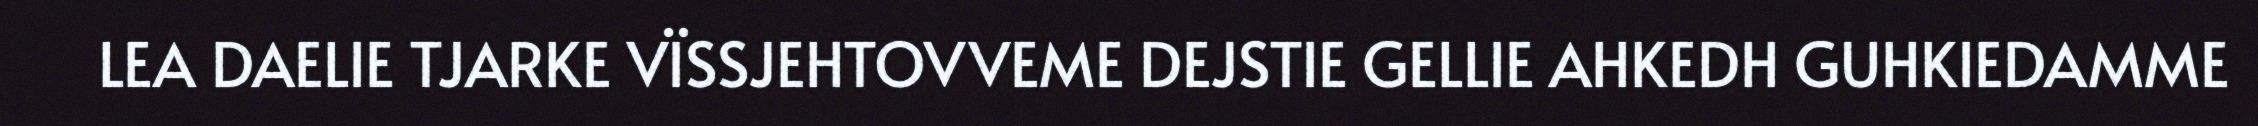
LEA DAELIE TJARKE VÏSSJEHTOVVEME DEJSTIE GELLIE AHKEDH GUHKIEDAMME